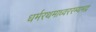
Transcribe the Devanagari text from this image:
धर्मरथमाध्वररम्यभद्र